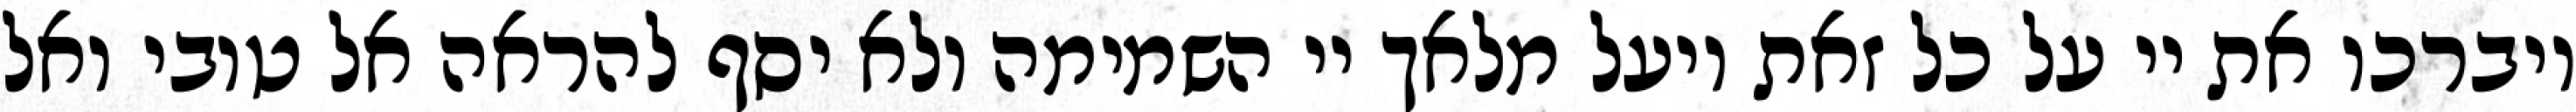
ויברכו את יי על כל זאת ויעל מלאך יי השמימה ולא יסף להראה אל טובי ואל